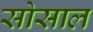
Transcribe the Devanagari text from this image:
सोसाल